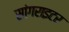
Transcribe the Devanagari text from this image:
सांगराइटर